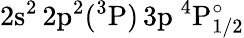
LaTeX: \mathrm{2s^{2}\, 2p^{2}(^{3}P)\, 3p~^{4}P_{1/2}^{\circ}}